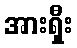
အားရှီး